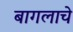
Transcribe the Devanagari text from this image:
बागलाचे